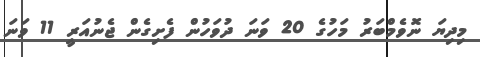
މިދިޔަ ނޮވެމްބަރު މަހުގެ 20 ވަނަ ދުވަހުން ފެށިގެން ޖެނުއަރީ 11 ވަނަ